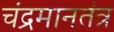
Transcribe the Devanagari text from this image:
चंद्रमानतंत्र